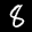
Label: 8